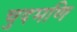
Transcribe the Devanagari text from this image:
चुदमणि